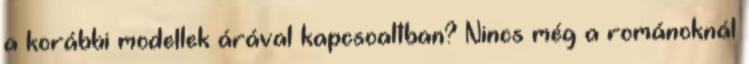
a korábbi modellek árával kapcsoaltban? Nincs még a románoknál